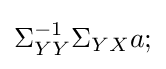
\Sigma _{YY}^{-1}\Sigma _{YX}a;